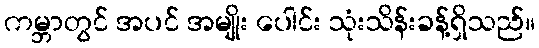
ကမ္ဘာတွင် အပင် အမျိုး ပေါင်း သုံးသိန်းခန့်ရှိသည်။